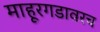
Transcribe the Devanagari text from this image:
माहूरगडावरच